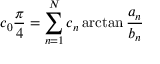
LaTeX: c _ { 0 } { \frac { \pi } { 4 } } = \sum _ { n = 1 } ^ { N } c _ { n } \arctan { \frac { a _ { n } } { b _ { n } } }